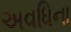
અવધિના